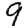
Digit: 9